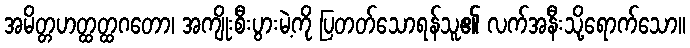
အမိတ္တဟတ္ထတ္ထဂတော၊ အကျိုးစီးပွားမဲ့ကို ပြတတ်သောရန်သူ၏ လက်အနီးသို့ရောက်သော။